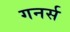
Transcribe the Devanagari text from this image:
गनर्स